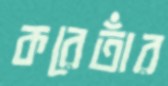
করেতাঁর